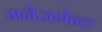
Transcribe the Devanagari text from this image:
मनेजमेन्ट